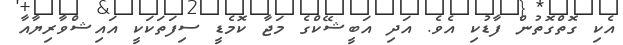
އެކި ގޮތްގޮތުން ފާޑުކި އެވެ. އަދި އަބީޝޭކްގެ މަޖާ ކޮމެޑީ ސިފަތަކަކީ އައިޝްވާރިޔާއާ